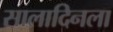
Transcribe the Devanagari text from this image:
सालादिनला